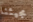
مجيئنا